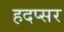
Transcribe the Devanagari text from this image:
हदप्सर